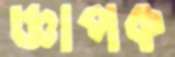
জ্ঞাপক